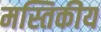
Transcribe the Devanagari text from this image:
मस्तिकीय